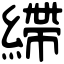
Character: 𦄂